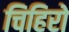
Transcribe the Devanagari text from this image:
चिहिरो